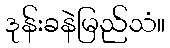
ဒုန်းခနဲမြည်သံ။